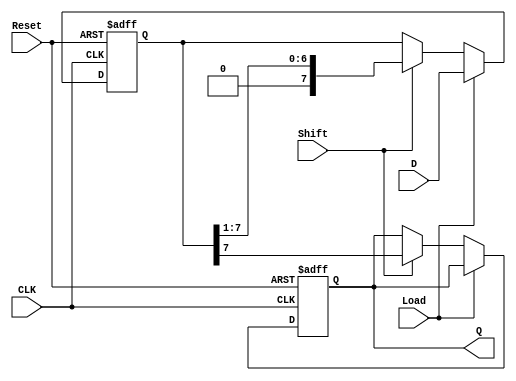
module PISO_Shift_Register #(
    parameter N = 8  // Number of bits in the shift register
)(
    input wire [N-1:0] D,       // Parallel data inputs
    input wire Load,             // Load control signal
    input wire Shift,            // Shift control signal
    input wire CLK,              // Clock signal
    input wire Reset,            // Asynchronous reset signal
    output reg Q                // Serial output
);

    reg [N-1:0] shift_reg;       // Internal shift register

    // Asynchronous reset and synchronous load or shift
    always @(posedge CLK or posedge Reset) begin
        if (Reset) begin
            shift_reg <= {N{1'b0}}; // Clear the register
            Q <= 1'b0;              // Clear the output
        end else begin
            if (Load) begin
                // Parallel load
                shift_reg <= D;
            end else if (Shift) begin
                // Shift operation
                Q <= shift_reg[N-1]; // Output the MSB
                shift_reg <= {1'b0, shift_reg[N-1:1]}; // Shift right, insert 0 at MSB
            end
        end
    end

endmodule